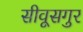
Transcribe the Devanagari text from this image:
सीवूसगुर